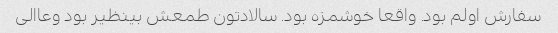
سفارش اولم بود. واقعا خوشمزه بود. سالادتون طمعش بینظیر بود وعاالی